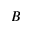
B